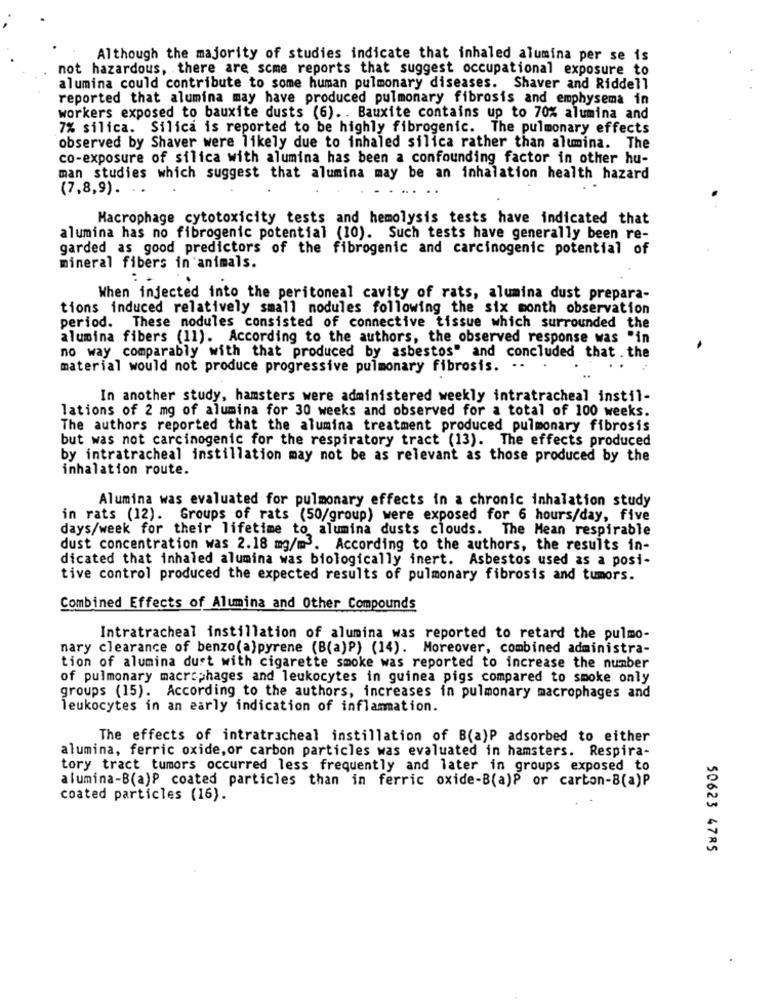
Although the majority of studies indicate that inhaled alumina per se is
not hazardous, there are some reports that suggest occupational exposure to
alumina could contribute to some human pulmonary diseases. Shaver and Riddell
reported that alumina may have produced pulmonary fibrosis and emphysema in
workers exposed to bauxite dusts (6). . Bauxite contains up to 70% alumina and
7% silica. Silica is reported to be highly fibrogenic. The pulmonary effects
observed by Shaver were likely due to inhaled silica rather than alumina. The
co-exposure of silica with alumina has been a confounding factor in other hu-
man studies which suggest that alumina may be an inhalation health hazard
(7,8,9). . .
Macrophage cytotoxicity tests and hemolysis tests have indicated that
alumina has no fibrogenic potential (10). Such tests have generally been re-
garded as good predictors of the fibrogenic and carcinogenic potential of
mineral fibers in animals.
When injected into the peritoneal cavity of rats, alumina dust prepara-
tions induced relatively small nodules following the six month observation
period. These nodules consisted of connective tissue which surrounded the
alumina fibers (11). According to the authors, the observed response was "in
no way comparably with that produced by asbestos" and concluded that . the
material would not produce progressive pulmonary fibrosis. ..
..
In another study, hamsters were administered weekly intratracheal instil-
lations of 2 mg of alumina for 30 weeks and observed for a total of 100 weeks.
The authors reported that the alumina treatment produced pulmonary fibrosis
but was not carcinogenic for the respiratory tract (13). The effects produced
by intratracheal instillation may not be as relevant as those produced by the
inhalation route.
Alumina was evaluated for pulmonary effects in a chronic inhalation study
in rats (12). Groups of rats (50/group) were exposed for 6 hours/day, five
days/week for their lifetime to alumina dusts clouds. The Mean respirable
dust concentration was 2.18 mg/m3. According to the authors, the results in-
dicated that inhaled alumina was biologically inert. Asbestos used as a posi-
tive control produced the expected results of pulmonary fibrosis and tumors.
Combined Effects of Alumina and Other Compounds
Intratracheal instillation of alumina was reported to retard the pulmo-
nary clearance of benzo(a)pyrene (B(a)P) (14). Moreover, combined administra-
tion of alumina dust with cigarette smoke was reported to increase the number
of pulmonary macrophages and leukocytes in guinea pigs compared to smoke only
groups (15). According to the authors, increases in pulmonary macrophages and
leukocytes in an early indication of inflammation.
The effects of intratracheal instillation of B(a)P adsorbed to either
alumina, ferric oxide, or carbon particles was evaluated in hamsters. Respira-
tory tract tumors occurred less frequently and later in groups exposed to
alumina-B(a)P coated particles than in ferric oxide-B(a)P or carton-B(a)P
coated particles (16).
50623 4785